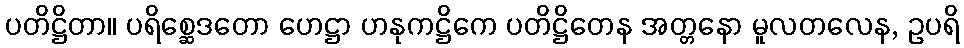
ပတိဋ္ဌိတာ။ ပရိစ္ဆေဒတော ဟေဋ္ဌာ ဟနုကဋ္ဌိကေ ပတိဋ္ဌိတေန အတ္တနော မူလတလေန, ဥပရိ